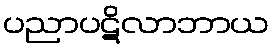
ပညာပဋိလာဘာယ